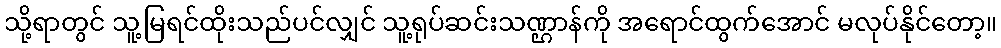
သို့ရာတွင် သူ့မြရင်ထိုးသည်ပင်လျှင် သူ့ရုပ်ဆင်းသဏ္ဌာန်ကို အရောင်ထွက်အောင် မလုပ်နိုင်တော့။